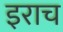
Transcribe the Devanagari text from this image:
इराच